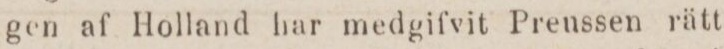
gen af Holland har medgifvit Preussen rätt